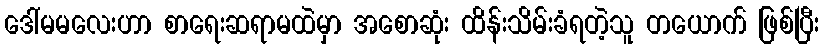
ဒေါ်မမလေးဟာ စာရေးဆရာမထဲမှာ အစောဆုံး ထိန်းသိမ်းခံရတဲ့သူ တယောက် ဖြစ်ပြီး